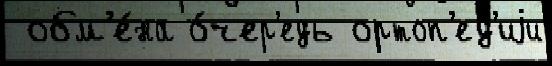
 обм'е́на о́чер'едь ортоп'ед'иjи